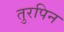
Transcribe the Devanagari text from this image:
तुरपिन